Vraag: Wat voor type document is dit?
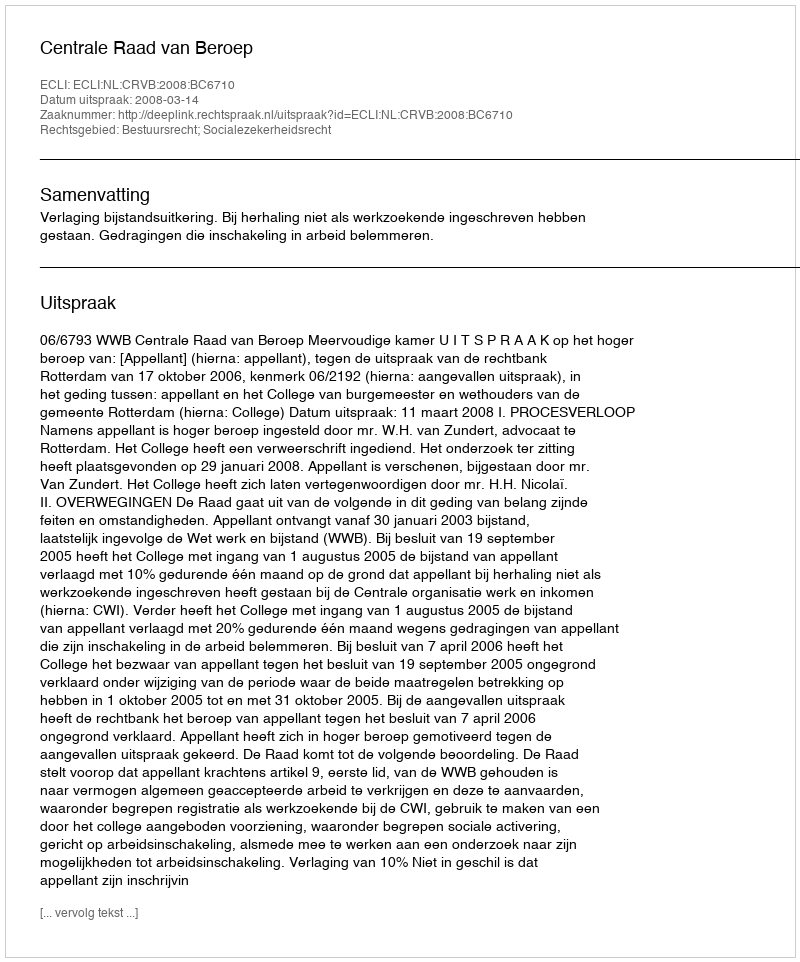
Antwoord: Uitspraak